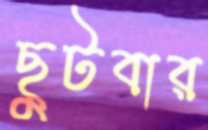
ছুটবার